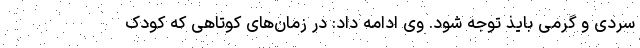
سردی و گرمی بایذ توجه شود. وی ادامه داد: در زمان‌های کوتاهی که کودک